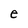
Character: e